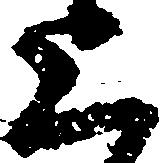
上